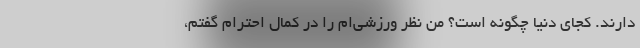
دارند. کجای دنیا چگونه است؟ من نظر ورزشی‌ام را در کمال احترام گفتم،